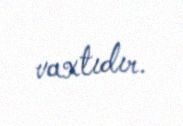
vaxtıdır.